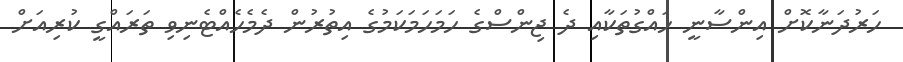
ހަރުދަނާކޮށް އިންސާނީ ހައްގުތަަކާއި ދެ ޖިންސްގެ ހަމަހަމަކަމުގެ އިތުރުން ދެމެހެއްޓެނިވި ތަރައްގީ ކުރިއަށް